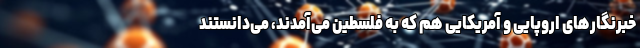
خبرنگارهای اروپایی و آمریکایی هم که به فلسطین می‌آمدند، می‌دانستند